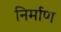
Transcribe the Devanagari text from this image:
निर्माण्‍ा